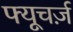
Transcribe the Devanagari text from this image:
फ्यूचर्ज़